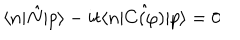
LaTeX: \langle n | \hat { N } | p \rangle - i t \langle n | \hat { C ( \varphi ) } | p \rangle = 0